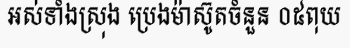
អស់ទាំងស្រុង ប្រេងម៉ាស៊ូតចំនួន ០៥ពុយ